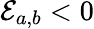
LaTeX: \mathcal{E}_{a,b}<0